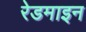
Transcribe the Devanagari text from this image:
रेडमाइन